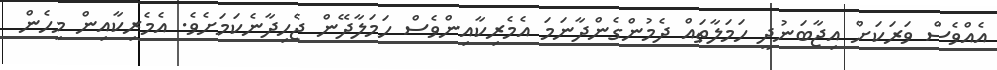
އެއްވެސް ވަރަކަށް އިޖާބަނުދީ ހަމަލާތައް ދެމުންގެންދާނަމަ އެމެރިކާއިންވެސް ހަމަލާދޭން ޖެހިދާނެކަމަށެވެ. އެމެރިކާއިން މިހެން